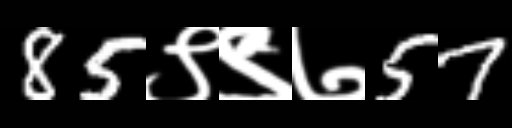
Text: 85९९७57